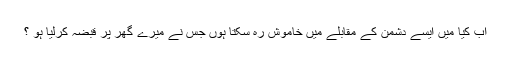
اب کیا میں ایسے دشمن کے مقابلے میں خاموش رہ سکتا ہوں جس نے میرے گھر پر قبضہ کرلیا ہو ؟